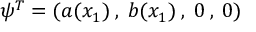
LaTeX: \psi ^ { T } = ( a ( x _ { 1 } ) \: , \: b ( x _ { 1 } ) \: , \: 0 \: , \: 0 )